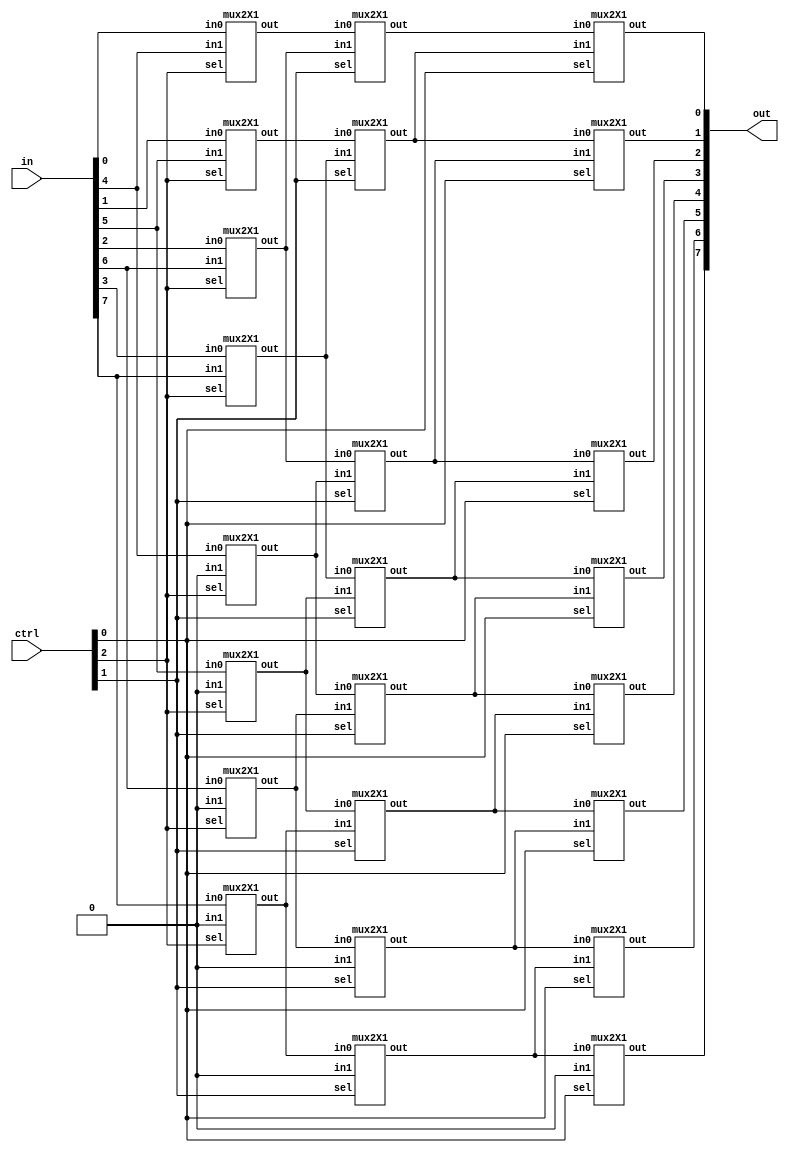
`timescale 1ns / 1ps
//////////////////////////////////////////////////////////////////////////////////
// Company: 
// Engineer: 
// 
// Design Name: 
// Module Name:    barrelshifter 
// Author Name:  Ummidi Chandrika
// Target Devices: 
// Tool versions: 
// Description: 
//
// Dependencies: 
//
// Revision: 
// Revision 0.01 - File Created
// Additional Comments: 
//
//////////////////////////////////////////////////////////////////////////////////
module barrelshifter(in, ctrl, out);
  input  [7:0] in;
  input [2:0] ctrl;
  output [7:0] out;
  wire [7:0] x,y;

//4bit shift right
mux2X1  ins_17 (.in0(in[7]),.in1(1'b0),.sel(ctrl[2]),.out(x[7]));
mux2X1  ins_16 (.in0(in[6]),.in1(1'b0),.sel(ctrl[2]),.out(x[6]));
mux2X1  ins_15 (.in0(in[5]),.in1(1'b0),.sel(ctrl[2]),.out(x[5]));
mux2X1  ins_14 (.in0(in[4]),.in1(1'b0),.sel(ctrl[2]),.out(x[4]));
mux2X1  ins_13 (.in0(in[3]),.in1(in[7]),.sel(ctrl[2]),.out(x[3]));
mux2X1  ins_12 (.in0(in[2]),.in1(in[6]),.sel(ctrl[2]),.out(x[2]));
mux2X1  ins_11 (.in0(in[1]),.in1(in[5]),.sel(ctrl[2]),.out(x[1]));
mux2X1  ins_10 (.in0(in[0]),.in1(in[4]),.sel(ctrl[2]),.out(x[0]));

//2 bit shift right

mux2X1  ins_27 (.in0(x[7]),.in1(1'b0),.sel(ctrl[1]),.out(y[7]));
mux2X1  ins_26 (.in0(x[6]),.in1(1'b0),.sel(ctrl[1]),.out(y[6]));
mux2X1  ins_25 (.in0(x[5]),.in1(x[7]),.sel(ctrl[1]),.out(y[5]));
mux2X1  ins_24 (.in0(x[4]),.in1(x[6]),.sel(ctrl[1]),.out(y[4]));
mux2X1  ins_23 (.in0(x[3]),.in1(x[5]),.sel(ctrl[1]),.out(y[3]));
mux2X1  ins_22 (.in0(x[2]),.in1(x[4]),.sel(ctrl[1]),.out(y[2]));
mux2X1  ins_21 (.in0(x[1]),.in1(x[3]),.sel(ctrl[1]),.out(y[1]));
mux2X1  ins_20 (.in0(x[0]),.in1(x[2]),.sel(ctrl[1]),.out(y[0]));

//1 bit shift right
mux2X1  ins_07 (.in0(y[7]),.in1(1'b0),.sel(ctrl[0]),.out(out[7]));
mux2X1  ins_06 (.in0(y[6]),.in1(y[7]),.sel(ctrl[0]),.out(out[6]));
mux2X1  ins_05 (.in0(y[5]),.in1(y[6]),.sel(ctrl[0]),.out(out[5]));
mux2X1  ins_04 (.in0(y[4]),.in1(y[5]),.sel(ctrl[0]),.out(out[4]));
mux2X1  ins_03 (.in0(y[3]),.in1(y[4]),.sel(ctrl[0]),.out(out[3]));
mux2X1  ins_02 (.in0(y[2]),.in1(y[3]),.sel(ctrl[0]),.out(out[2]));
mux2X1  ins_01 (.in0(y[1]),.in1(y[2]),.sel(ctrl[0]),.out(out[1]));
mux2X1  ins_00 (.in0(y[0]),.in1(y[1]),.sel(ctrl[0]),.out(out[0]));

endmodule

 
module mux2X1( in0,in1,sel,out);
input in0,in1;
input sel;
output out;
assign out=(sel)?in1:in0;
endmodule